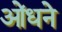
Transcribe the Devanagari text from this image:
ओंधने